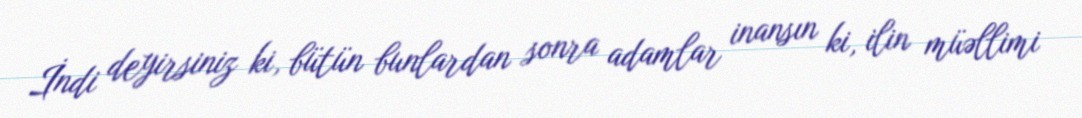
İndi deyirsiniz ki, bütün bunlardan sonra adamlar inansın ki, ilin müəllimi